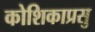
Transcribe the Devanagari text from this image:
कोशिकाप्रसु